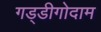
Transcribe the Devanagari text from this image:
गड्डीगोदाम